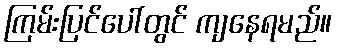
ကြမ်းပြင်ပေါ်တွင် ကျနေရမည်။